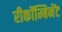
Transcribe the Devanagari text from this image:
रीकॉम्बिनेंट